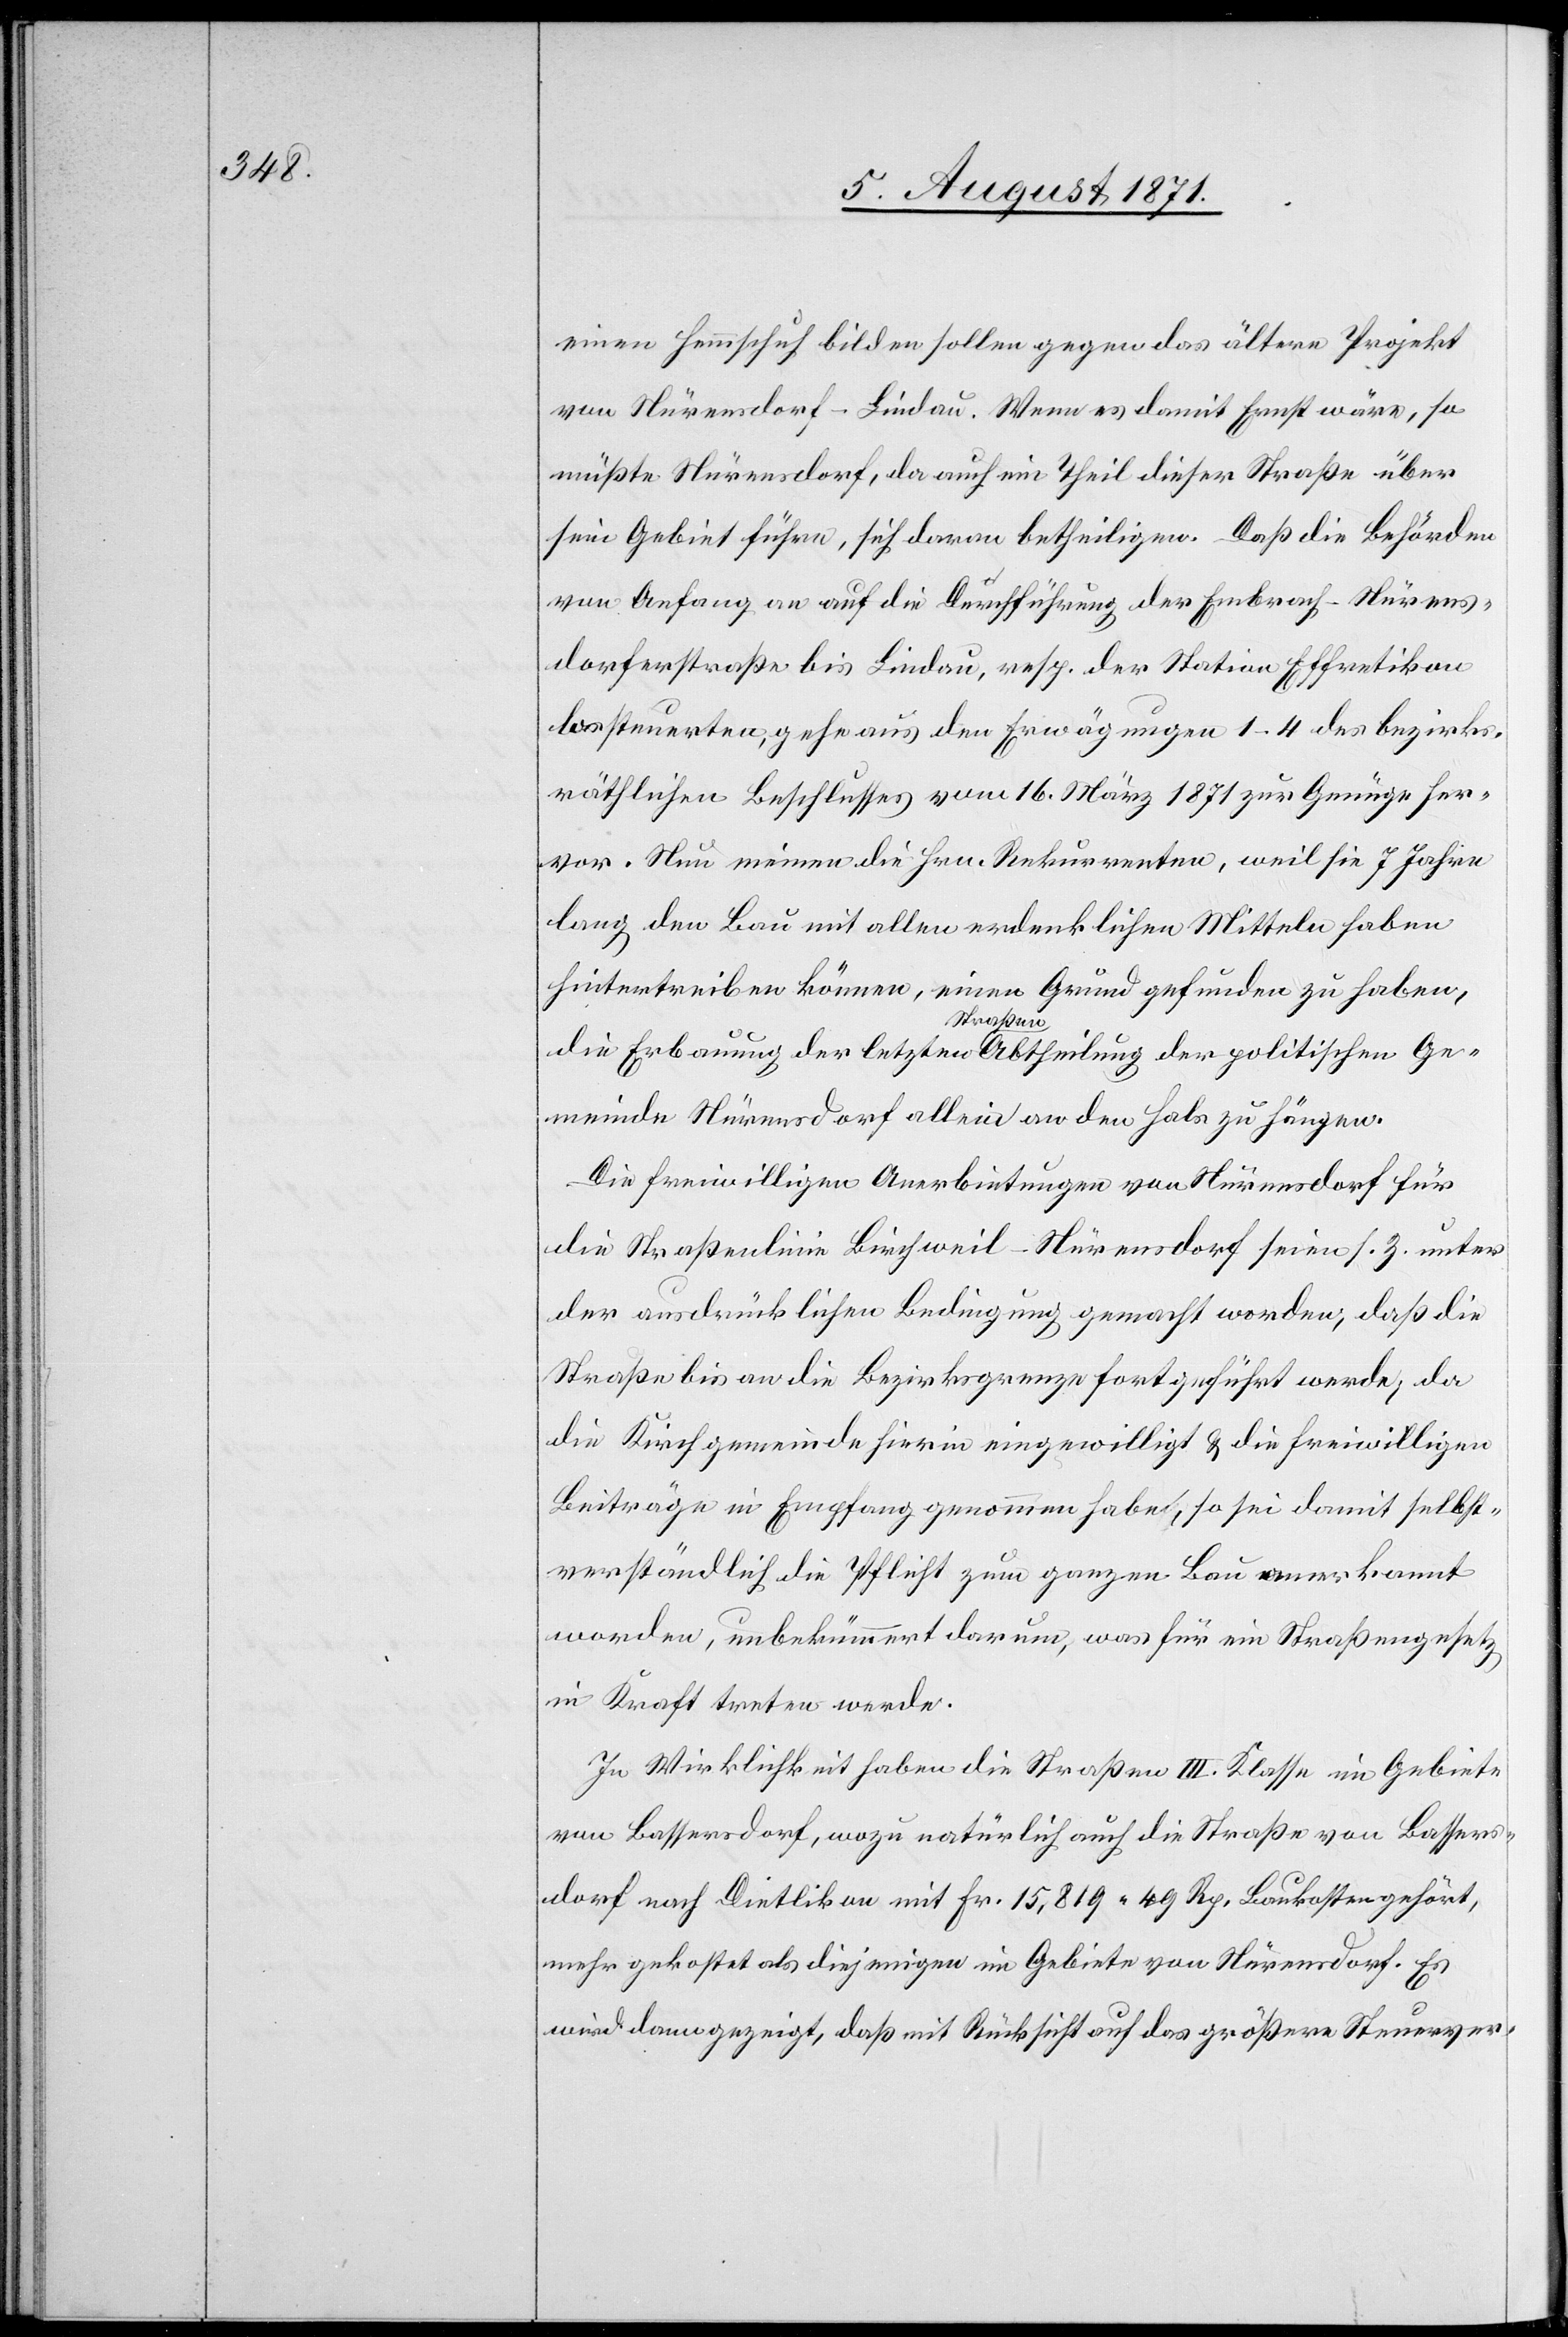
einen Hemmschuh bilden sollen gegen das ältere Projekt
von Nürensdorf–Lindau. Wenn es damit Ernst wäre, so
müßte Nürensdorf, da auch ein Theil dieser Straße über
sein Gebiet führe, sich daran betheiligen. Daß die Behörden
von Anfang an auf die Durchführung der Embrach–Nürens¬
dorferstraße bis Lindau, resp. der Station Effretikon
b[e]isteuerten, gehe aus den Erwägungen 1–4 des bezirks¬
räthlichen Beschlusses vom 16. März 1871 zur Genüge her¬
vor. Nun meinen die Hrn. Rekurrenten, weil sie 7 Jahre
lang den Bau mit allen erdenklichen Mitteln haben
hintertreiben können, einen Grund gefunden zu haben,
die Erbauung der letzten Straßen[-]Abtheilung der politischen Ge¬
meinde Nürensdorf allein an den Hals zu hängen.
Die freiwilligen Anerbietungen von Nürensdorf für
die Straßenlinie Birchweil–Nürensdorf seien s. Z. unter
der ausdrücklichen Bedingung gemacht worden, daß die
Straße bis an die Bezirksgrenze fortgeführt werde, da
die Kirchgemeinde hierin eingewilligt u. die freiwilligen
Beiträge in Empfang genommen habe, so sei damit selbst¬
verständlich die Pflicht zum ganzen Bau anerkannt
worden, unbekümmert darum, was für ein Straßengesetz
in Kraft treten werde.
In Wirklichkeit haben die Straßen III. Klasse im Gebiete
von Bassersdorf, wozu natürlich auch die Straße von Bassers¬
dorf nach Dietlikon mit Fr. 15,819.49 Rp. Baukosten gehört,
mehr gekostet als diejenigen im Gebiete von Nürensdorf. Es
wird dann gezeigt, daß mit Rücksicht auf das größere Steuerver-